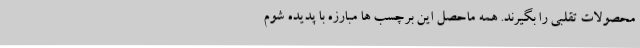
محصولات تقلبی را بگیرند. همه ماحصل این برچسب ‌ها مبارزه با پدیده شوم